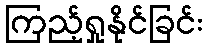
ကြည့်ရှုနိုင်ခြင်း